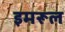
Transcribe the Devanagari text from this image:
इमरूल